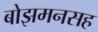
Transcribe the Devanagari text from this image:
बोझमनसह